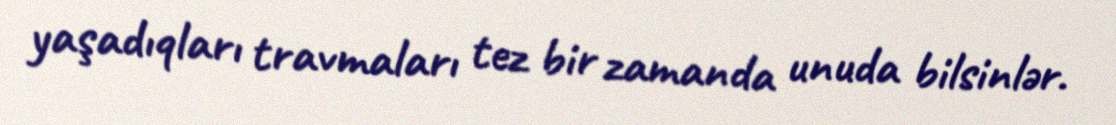
yaşadıqları travmaları tez bir zamanda unuda bilsinlər.